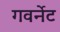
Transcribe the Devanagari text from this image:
गवर्नेट